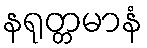
နရုတ္တမာနံ